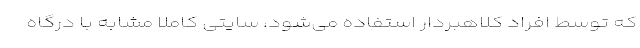
که توسط افراد کلاهبردار استفاده می‌شود، سایتی کاملاً مشابه با درگاه